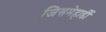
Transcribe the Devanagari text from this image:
जिसमेहार्डी